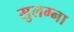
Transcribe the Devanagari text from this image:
सुलग्ना